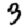
Digit: 3